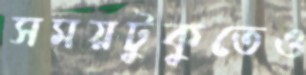
সময়টুকুতেও